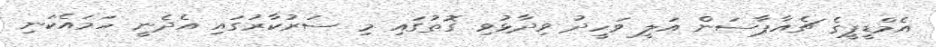
އެމްޑީޕީގެ ޗެއާޕާސަން އަލީ ވަހީދު ވިދާޅުވި ގޮތުގައި މި ސަރުކާރުގައި އެދެނީ ހަމައެކަނި